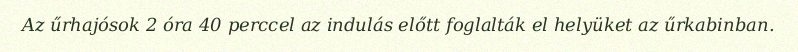
Az űrhajósok 2 óra 40 perccel az indulás előtt foglalták el helyüket az űrkabinban.